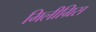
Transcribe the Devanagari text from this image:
मिलीग्रिस